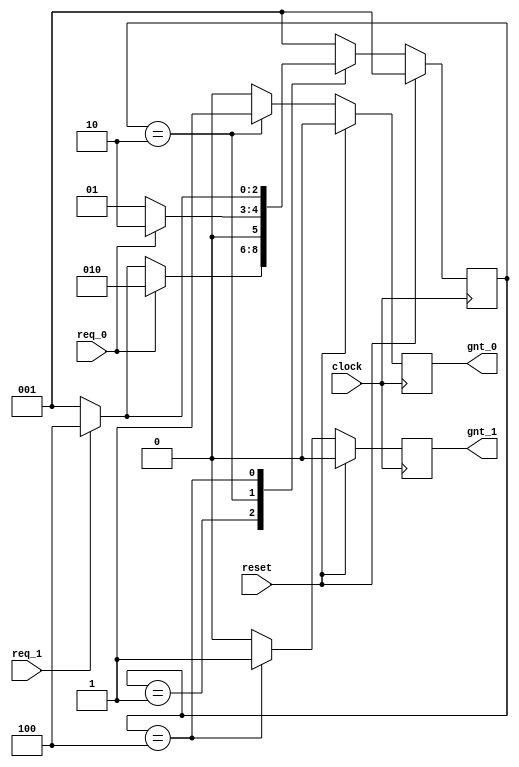
module fsm_using_always (
clock      , 
reset      , 
req_0      , 
req_1      , 
gnt_0      , 
gnt_1      
);
input   clock,reset,req_0,req_1;
output  gnt_0,gnt_1;
wire    clock,reset,req_0,req_1;
reg     gnt_0,gnt_1;
parameter SIZE = 3           ;
parameter IDLE  = 3'b001,GNT0 = 3'b010,GNT1 = 3'b100 ;
reg   [SIZE-1:0]          state        ;
reg   [SIZE-1:0]          next_state   ;
always @ (state or req_0 or req_1)
begin : FSM_COMBO
 next_state = 3'b000;
 case(state)
   IDLE : if (req_0 == 1'b1) begin
                next_state = GNT0;
              end else if (req_1 == 1'b1) begin
                next_state= GNT1;
              end else begin
                next_state = IDLE;
              end
   GNT0 : if (req_0 == 1'b1) begin
                next_state = GNT0;
              end else begin
                next_state = IDLE;
              end
   GNT1 : if (req_1 == 1'b1) begin
                next_state = GNT1;
              end else begin
                next_state = IDLE;
              end
   default : next_state = IDLE;
  endcase
end
always @ (posedge clock)
begin : FSM_SEQ
  if (reset == 1'b1) begin
    state <= #1 IDLE;
  end else begin
    state <= #1 next_state;
  end
end
always @ (posedge clock)
begin : OUTPUT_LOGIC
if (reset == 1'b1) begin
  gnt_0 <= #1 1'b0;
  gnt_1 <= #1 1'b0;
end
else begin
  case(state)
    IDLE : begin
                  gnt_0 <= #1 1'b0;
                  gnt_1 <= #1 1'b0;
               end
   GNT0 : begin
                   gnt_0 <= #1 1'b1;
                   gnt_1 <= #1 1'b0;
                end
   GNT1 : begin
                   gnt_0 <= #1 1'b0;
                   gnt_1 <= #1 1'b1;
                end
   default : begin
                    gnt_0 <= #1 1'b0;
                    gnt_1 <= #1 1'b0;
                  end
  endcase
end
end 
endmodule